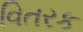
વિતરક